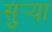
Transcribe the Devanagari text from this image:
सुर्‍या